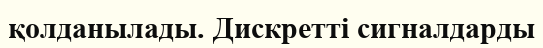
қолданылады. Дискретті сигналдарды